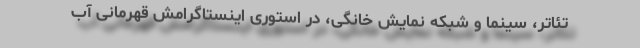
تئاتر، سینما و شبکه نمایش خانگی، در استوری اینستاگرامش قهرمانی آب